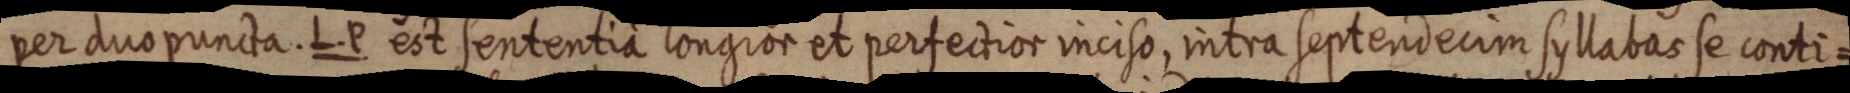
per duo puncta. L. P est sententia longior et perfectior inciso, intra septendecim syllabas se conti